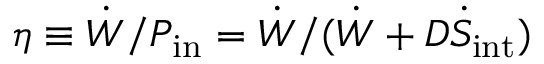
\eta \equiv \dot { W } / P _ { \mathrm { i n } } = \dot { W } / ( \dot { W } + D \dot { S } _ { \mathrm { i n t } } )